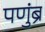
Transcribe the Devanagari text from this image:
पणुंब्रे